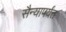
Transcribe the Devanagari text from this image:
सैन्यापर्यंत